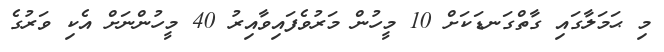
މި ޙަމަލާގައި ގާތްގަނޑަކަށް 10 މީހުން މަރުވެފައިވާއިރު 40 މީހުންނަށް އެކި ވަރުގެ